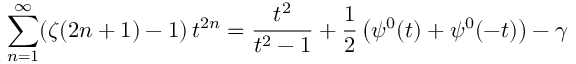
\sum _ { n = 1 } ^ { \infty } ( \zeta ( 2 n + 1 ) - 1 ) \, t ^ { 2 n } = { \frac { t ^ { 2 } } { t ^ { 2 } - 1 } } + { \frac { 1 } { 2 } } \left( \psi ^ { 0 } ( t ) + \psi ^ { 0 } ( - t ) \right) - \gamma